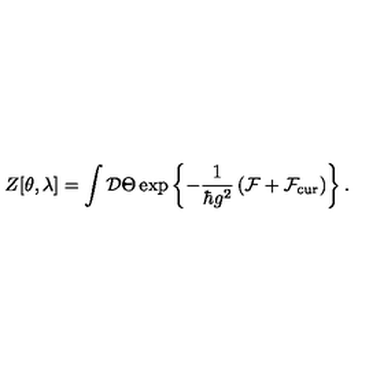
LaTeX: Z [ \theta , \lambda ] = \int { \cal D } \Theta \exp \left\{ - \frac { 1 } { \hbar g ^ { 2 } } \left( { \cal F } + { \cal F } _ { \mathrm { c u r } } \right) \right\} .